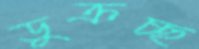
ডুক্‌রচ্ছ